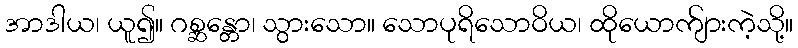
အာဒါယ၊ ယူ၍။ ဂစ္ဆန္တော၊ သွားသော။ သောပုရိသောဝိယ၊ ထိုယောက်ျားကဲ့သို့။